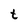
Character: t